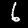
Digit: 6